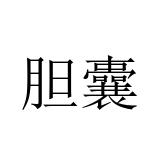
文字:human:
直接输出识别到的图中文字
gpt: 胆囊